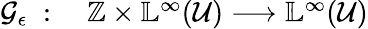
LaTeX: \begin{array}{rl}{\mathcal{G}_{\epsilon}\; :}&{{}\; \mathbb{Z}\times\mathbb{L}^{\infty}(\mathcal{U})\longrightarrow\mathbb{L}^{\infty}(\mathcal{U})}\end{array}